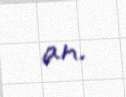
an.